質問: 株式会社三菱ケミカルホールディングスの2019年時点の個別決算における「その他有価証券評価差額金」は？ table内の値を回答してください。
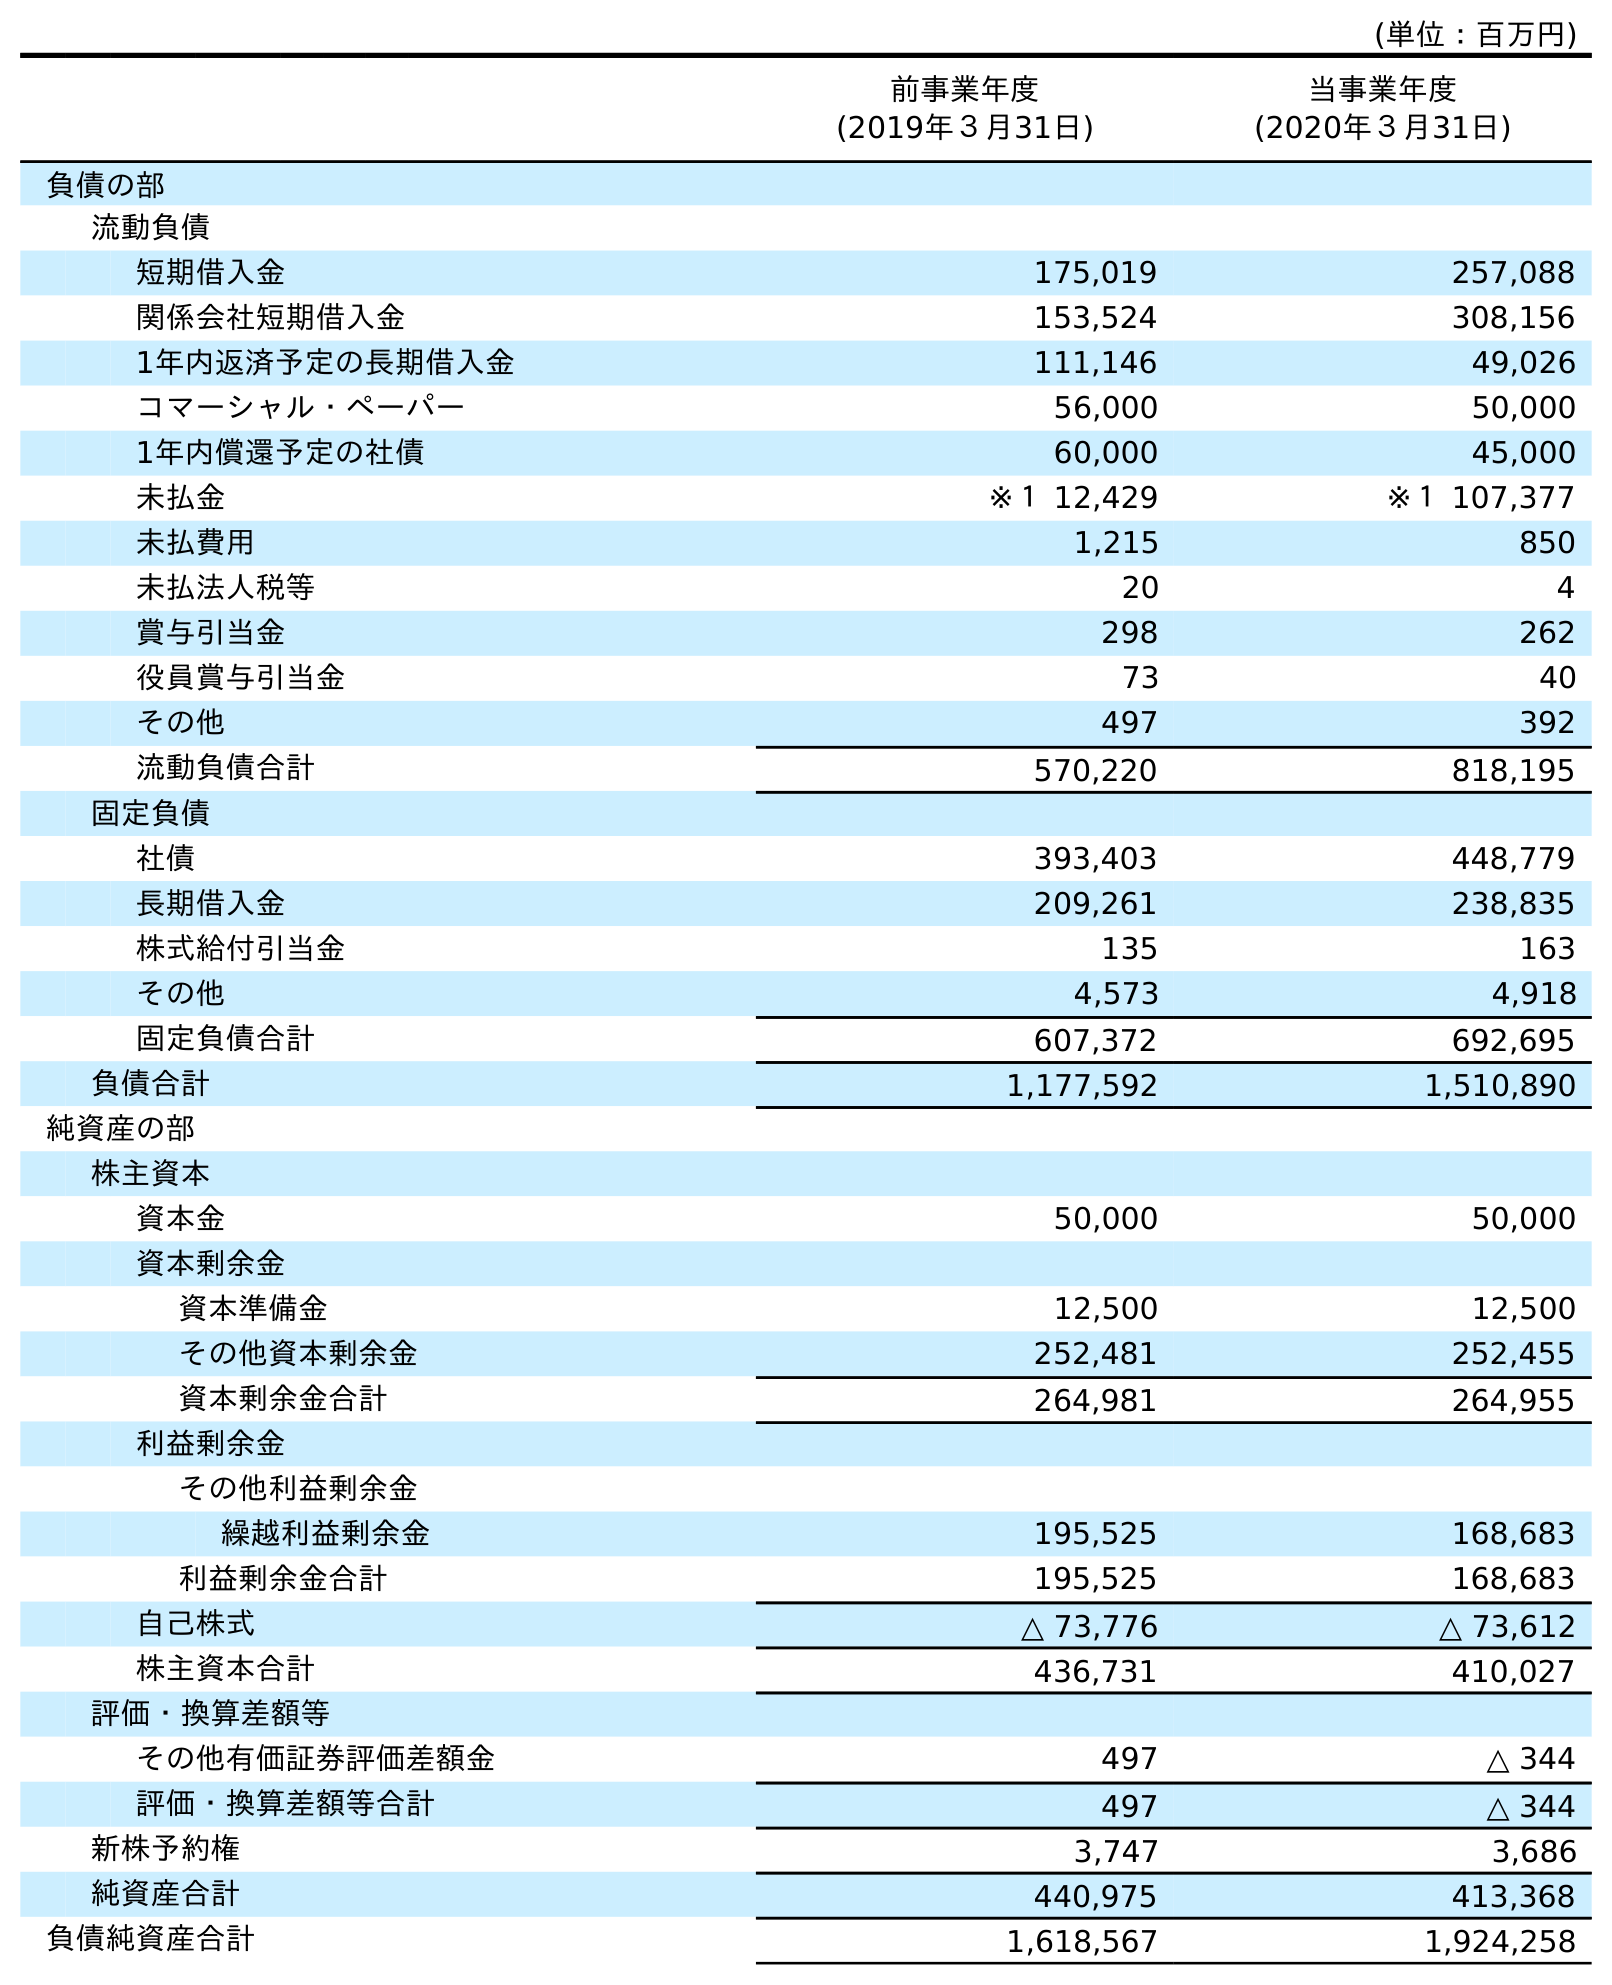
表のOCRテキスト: (単位：百万円) 前事業年度 (2019年３月31日) 当事業年度 (2020年３月31日) 負債の部 流動負債 短期借入金 175,019 257,088 関係会社短期借入金 153,524 308,156 1年内返済予定の長期借入金 111,146 49,026 コマーシャル・ペーパー 56,000 50,000 1年内償還予定の社債 60,000 45,000 未払金 ※１ 12,429 ※１ 107,377 未払費用 1,215 850 未払法人税等 20 4 賞与引当金 298 262 役員賞与引当金 73 40 その他 497 392 流動負債合計 570,220 818,195 固定負債 社債 393,403 448,779 長期借入金 209,261 238,835 株式給付引当金 135 163 その他 4,573 4,918 固定負債合計 607,372 692,695 負債合計 1,177,592 1,510,890 純資産の部 株主資本 資本金 50,000 50,000 資本剰余金 資本準備金 12,500 12,500 その他資本剰余金 252,481 252,455 資本剰余金合計 264,981 264,955 利益剰余金 その他利益剰余金 繰越利益剰余金 195,525 168,683 利益剰余金合計 195,525 168,683 自己株式 △ 73,776 △ 73,612 株主資本合計 436,731 410,027 評価・換算差額等 その他有価証券評価差額金 497 △ 344 評価・換算差額等合計 497 △ 344 新株予約権 3,747 3,686 純資産合計 440,975 413,368 負債純資産合計 1,618,567 1,924,258
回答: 497